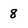
Character: 8